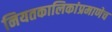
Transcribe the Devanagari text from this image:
नियतकालिकांप्रमाणेच